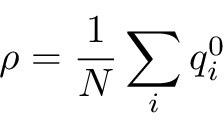
\rho = \frac { 1 } { N } \sum _ { i } q _ { i } ^ { 0 }